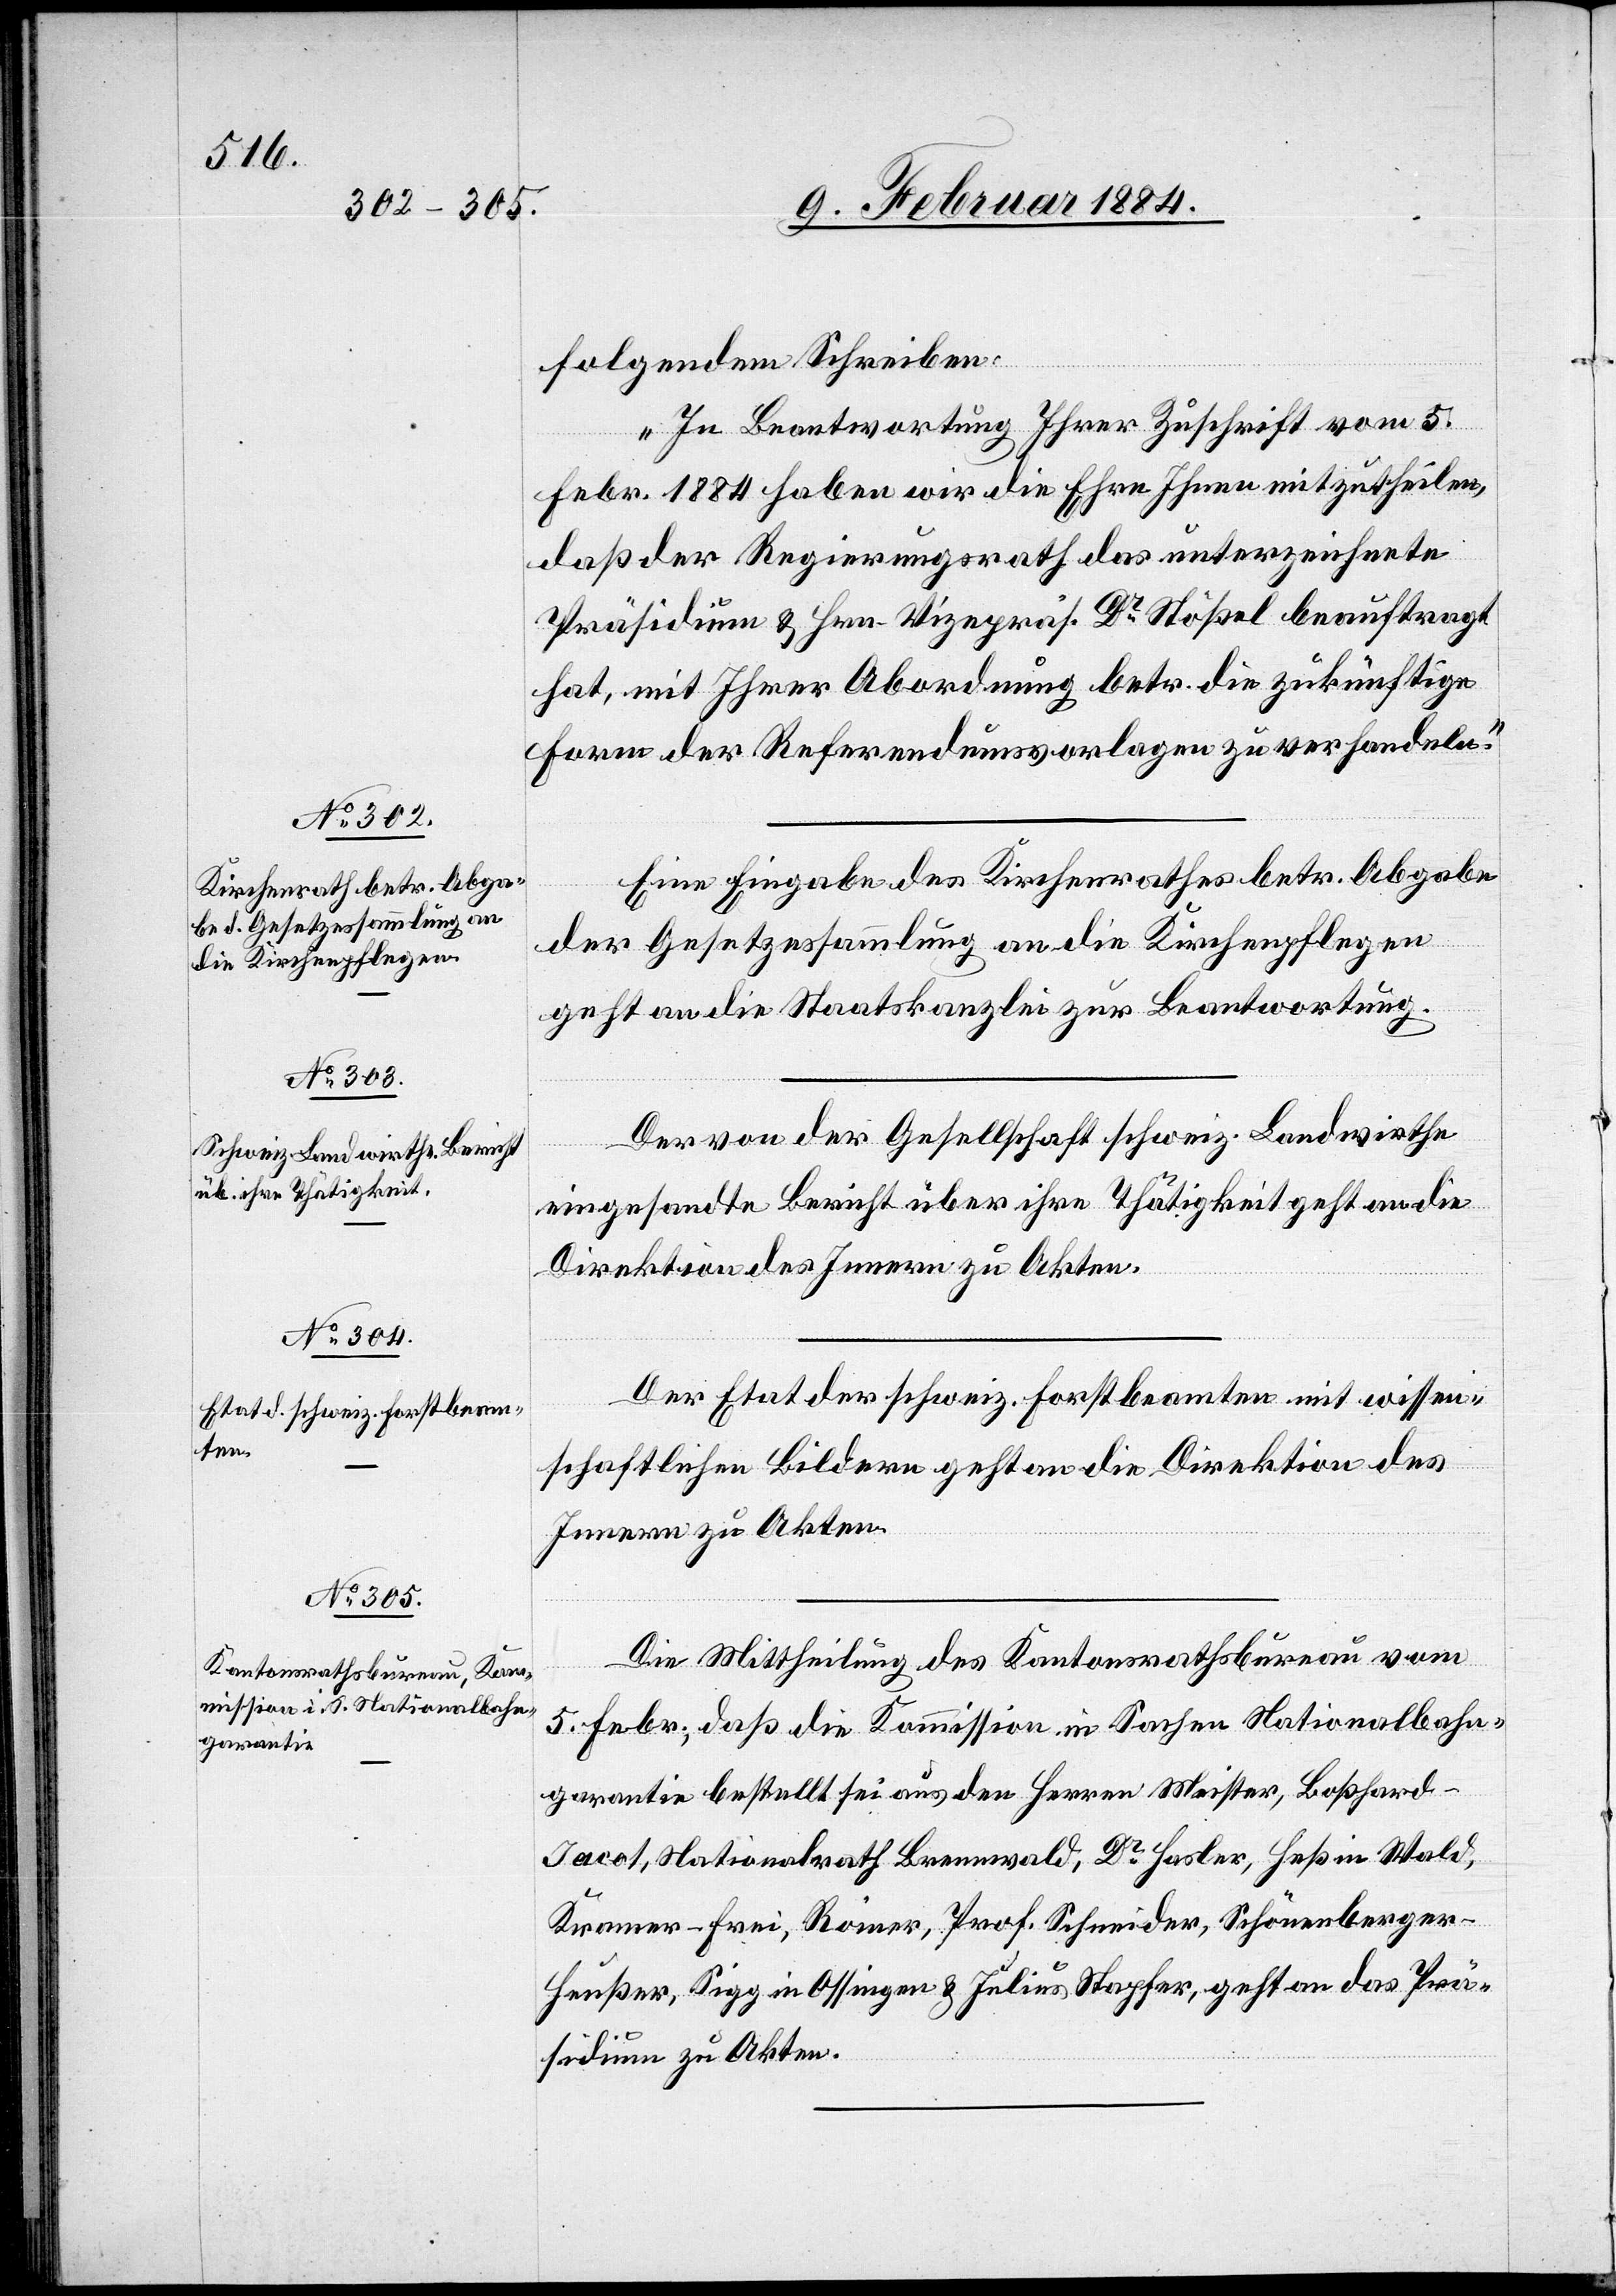
folgendem Schreiben:
„In Beantwortung Ihrer Zuschrift vom 5.
Febr. 1884 haben wir die Ehre Ihnen mitzutheilen,
daß der Regierungsrath das unterzeichnete
Präsidium & Hrn. Vizepräs. Dr Stößel beauftragt
hat, mit Ihrer Abordnung betr. die zukünftige
Form der Referendumsvorlagen zu verhandeln.“
Eine Eingabe des Kirchenrathes betr. Abgabe
der Gesetzessammlung an die Kirchenpflege
geht an die Staatskanzlei zur Beantwortung.
Der von der Gesellschaft schweiz. Landwirthe
eingesandte Bericht über ihre Thätigkeit geht an die
Direktion des Innern zu Akten.
Der Etat der schweiz. Forstbeamten mit wissen¬
schaftlichen Bildern geht an die Direktion des
Innern zu Akten.
Die Mittheilung des Kantonsrathsbureau vom
5. Febr., daß die Kommission in Sachen Nationalbahn¬
garantie bestellt sei aus den Herren Meister, Boßhard-J¬
acot, Nationalrath Brennwald, Dr Hasler, Heß in Wald,
Kramer-Frei, Römer, Prof. Schneider, Schönenberge¬
r-Heußer, Sigg in Ossingen & Julius Stapfer, geht an das Prä¬
sidium zu Akten.